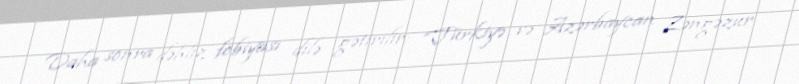
Daha sonra dəhliz fobiyası dilə gətirilir: “Türkiyə və Azərbaycan Zəngəzur